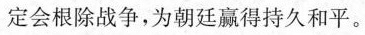
定会根除战争，为朝廷赢得持久和平。